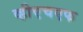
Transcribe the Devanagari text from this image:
व्हीएचएफ